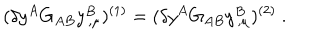
( \delta y ^ { A } G _ { A B } y _ { \, , \mu } ^ { B } ) ^ { ( 1 ) } = ( \delta y ^ { A } G _ { A B } y _ { \, , \mu } ^ { B } ) ^ { ( 2 ) } ~ .